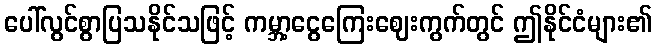
ပေါ်လွင်စွာပြသနိုင်သဖြင့် ကမ္ဘာ့ငွေကြေးဈေးကွက်တွင် ဤနိုင်ငံများ၏